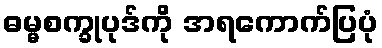
ဓမ္မစက္ခုပုဒ်ကို အရကောက်ပြပုံ